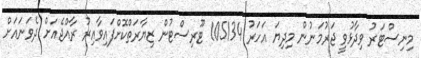
މިނިސްޓަރު ވިދާޅުވީ ޖަރުމަނުން މިދިޔަ އަހަރު 105134 ޓޫރިސްޓުން ޒިޔާރަތްކޮށްފައިވާއިރު ރާއްޖެއަށް ދެވަނައަށް